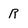
Character: R